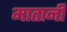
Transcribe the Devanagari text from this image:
मातानी